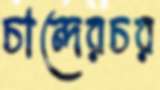
চান্দেরচর